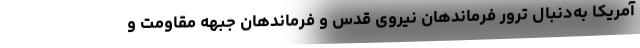
آمریکا به‌دنبال ترور فرماندهان نیروی قدس و فرماندهان جبهه مقاومت و